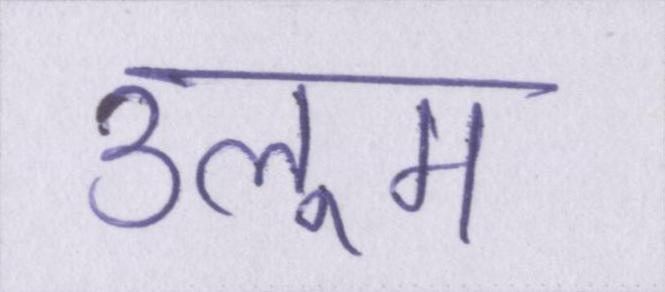
उलूम